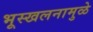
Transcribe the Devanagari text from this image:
भूस्खलनामुळे